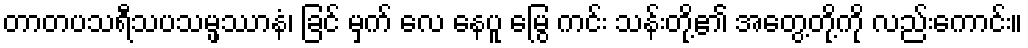
တာတပသရီသပသမ္ဖဿာနံ၊ ခြင် မှက် လေ နေပူ မြွေ ကင်း သန်းတို့၏ အတွေ့တို့ကို လည်းကောင်း။